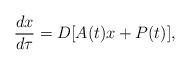
LaTeX: \begin{align*}\dfrac{dx}{d\tau}=D[A(t)x+P(t)],\end{align*}